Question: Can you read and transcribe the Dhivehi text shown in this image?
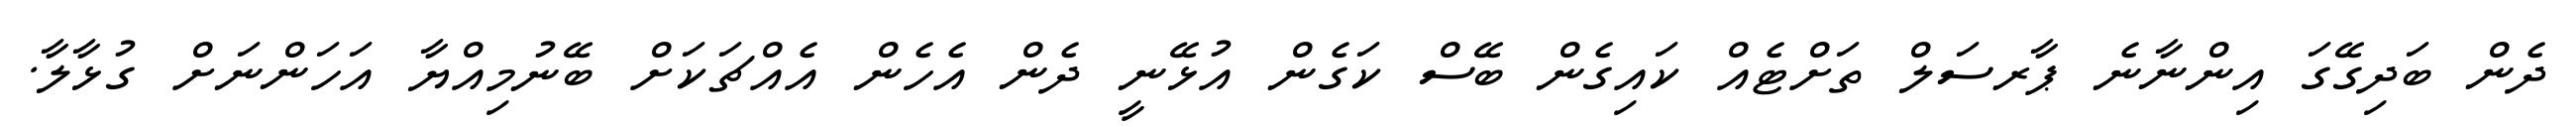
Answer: ދެން ބަދިގޭގަ އިންނާނެ ޕާރސަލް ތަށްޓެއް ކައިގެން ބޭސް ކަގެން އުޅޭނީ ދެން އެހެން އެއްޗަކަށް ބޭނުމިއްޔާ އަހަންނަށް ގުޅާލާ.